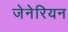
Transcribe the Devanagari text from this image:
जेनेरियन